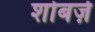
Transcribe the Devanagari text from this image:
शोबर्ज़